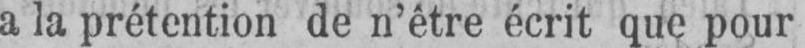
a la prétention de n’être écrit que pour